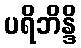
ပရိဘိန္ဒိ